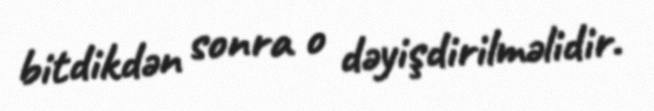
bitdikdən sonra o dəyişdirilməlidir.